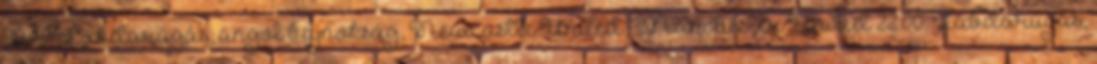
20.40: Labdarúgás, angol bajnokság, Newcastle United-Manchester United 22.00: Labdarúgás,